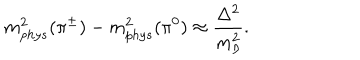
LaTeX: m _ { p h y s } ^ { 2 } ( \pi ^ { \pm } ) - m _ { p h y s } ^ { 2 } ( \pi ^ { 0 } ) \approx \frac { \Delta ^ { 2 } } { m _ { \eta } ^ { 2 } } .